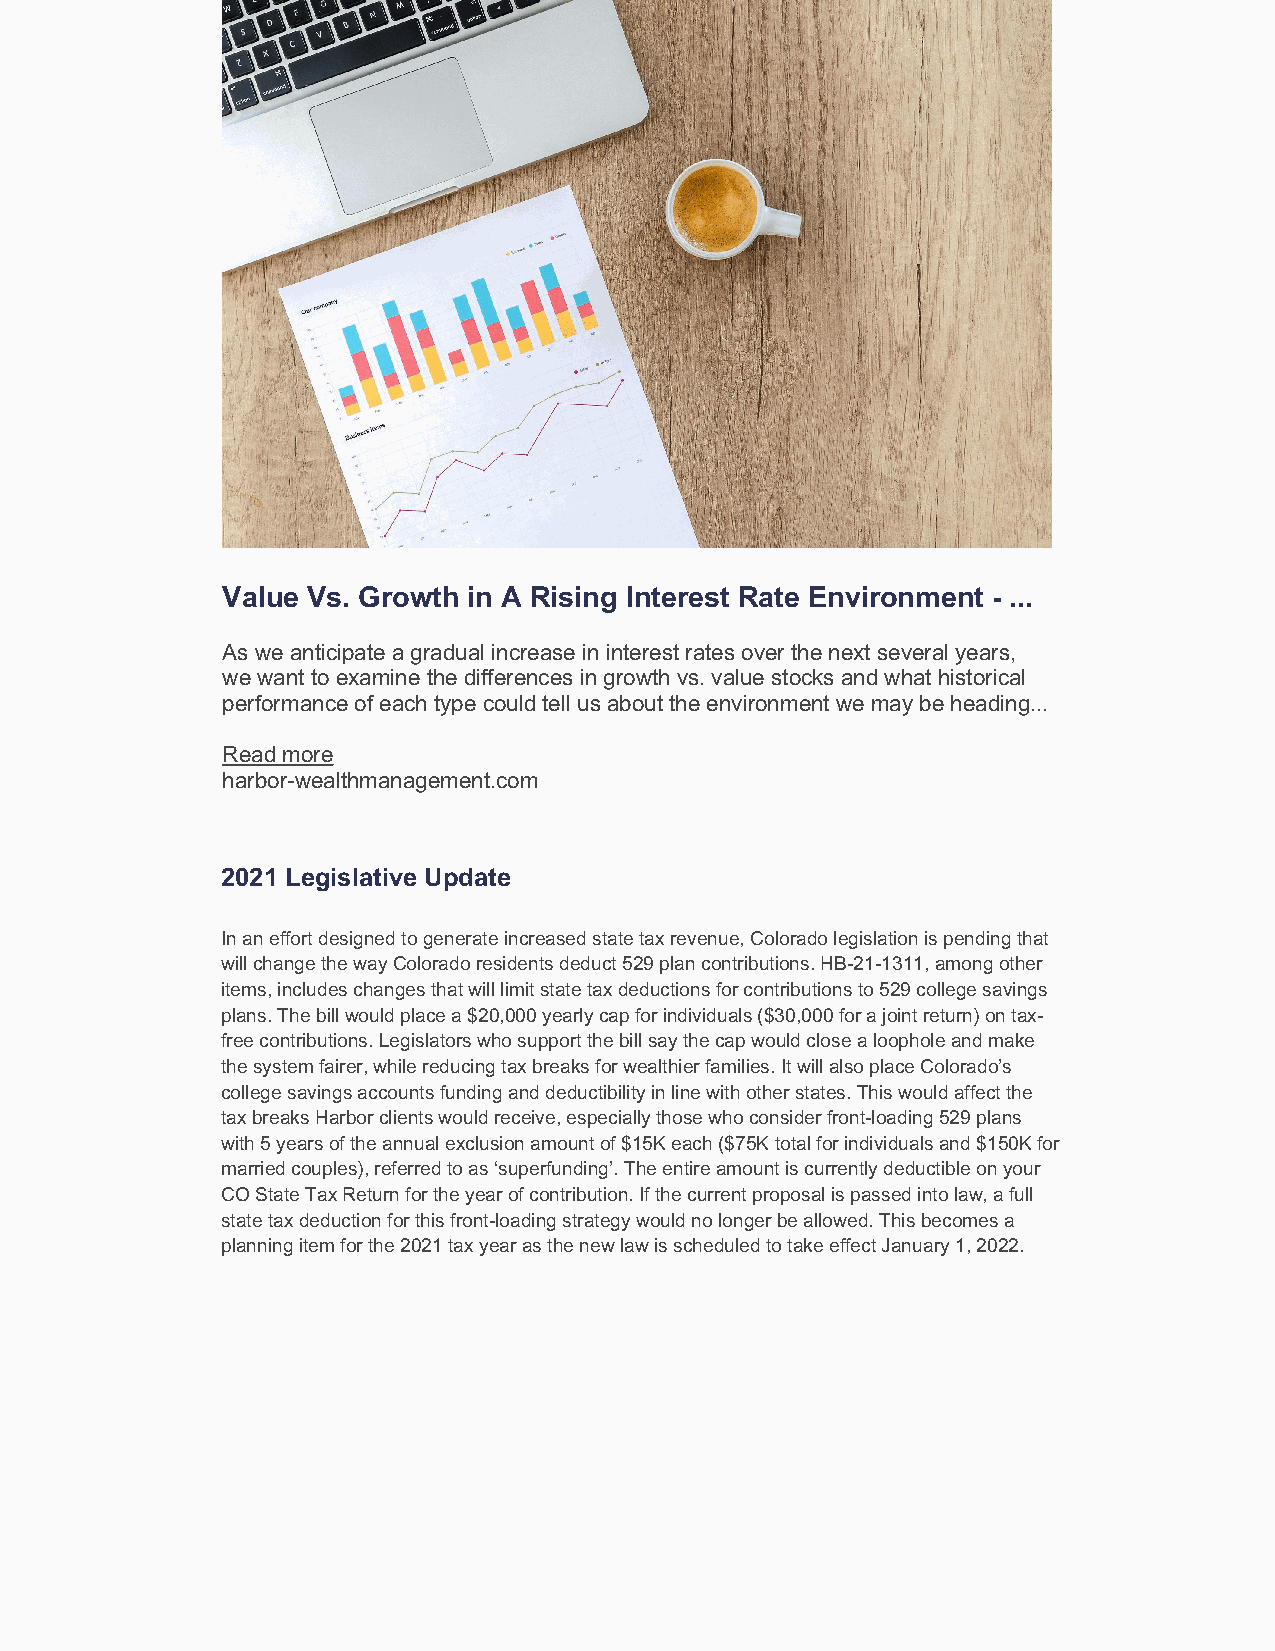
Value Vs. Growth in A Rising Interest Rate Environment - ...
 As we anticipate a gradual increase in interest rates over the next several years,
 we want to examine the differences in growth vs. value stocks and what historical
 performance of each type could tell us about the environment we may be heading...
 Read more
 harbor-wealthmanagement.com
 2021 Legislative Update
 In an effort designed to generate increased state tax revenue, Colorado legislation is pending that
 will change the way Colorado residents deduct 529 plan contributions. HB-21-1311, among other
 items, includes changes that will limit state tax deductions for contributions to 529 college savings
 plans. The bill would place a $20,000 yearly cap for individuals ($30,000 for a joint return) on tax-
 free contributions. Legislators who support the bill say the cap would close a loophole and make
 the system fairer, while reducing tax breaks for wealthier families. It will also place Colorado’s
 college savings accounts funding and deductibility in line with other states. This would affect the
 tax breaks Harbor clients would receive, especially those who consider front-loading 529 plans
 with 5 years of the annual exclusion amount of $15K each ($75K total for individuals and $150K for
 married couples), referred to as ‘superfunding’. The entire amount is currently deductible on your
 CO State Tax Return for the year of contribution. If the current proposal is passed into law, a full
 state tax deduction for this front-loading strategy would no longer be allowed. This becomes a
 planning item for the 2021 tax year as the new law is scheduled to take effect January 1, 2022.